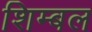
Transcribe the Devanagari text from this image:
शिम्बल